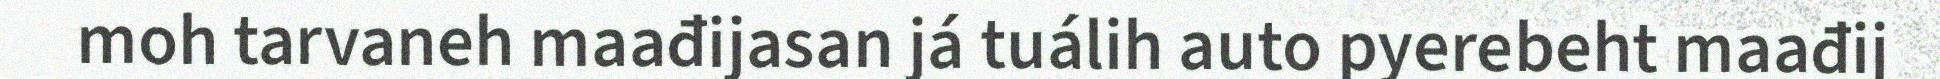
moh tarvaneh maađijasan já tuálih auto pyerebeht maađij